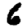
Digit: 6